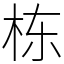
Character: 栋